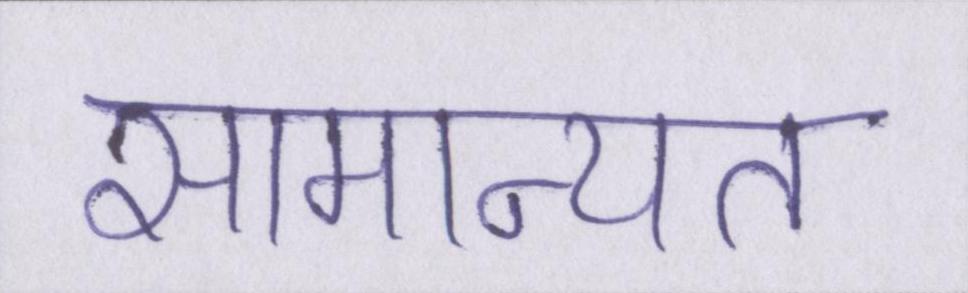
सामान्यत